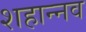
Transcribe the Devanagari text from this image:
शहान्‍नव